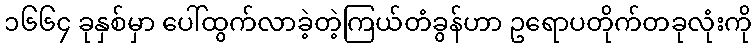
၁၆၆၄ ခုနှစ်မှာ ပေါ်ထွက်လာခဲ့တဲ့ကြယ်တံခွန်ဟာ ဥရောပတိုက်တခုလုံးကို